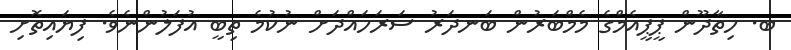
ބ. ހިތާދޫން ޕީޕީއެމްގެ މެމްބަރުން ބަނދަރު ސަރަހައްދަށް ނުކުމެ ތިބީ އުފަލުންނެވެ. ފިޔައިތޮށި